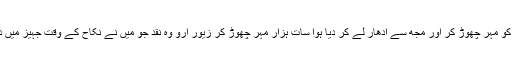
شوہر کو مہر چھوڑ کر اور مجھ سے ادھار لے کر دیا ہوا سات ہزار مہر چھوڑ کر زیور ارو وہ نقد جو میں نے نکاح کے وقت جہیز میں دیا تھا۔